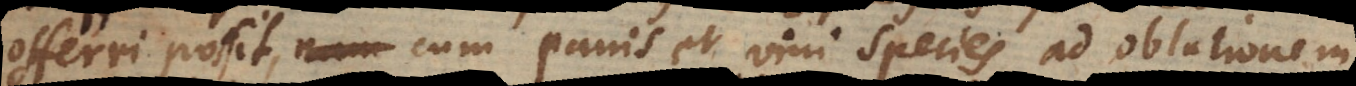
offerri possit, cum panis et vini species ad oblationem